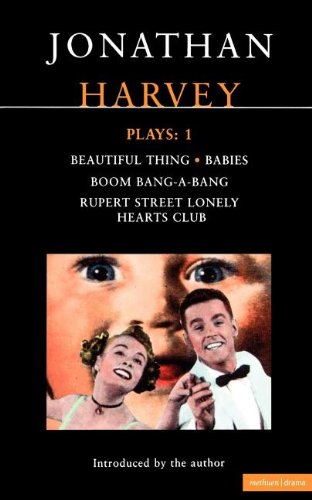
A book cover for Plays, Vol. 1: Beautiful Thing / Babies / Boom Bang-a-Bang / Rupert Street Lonely Hearts Club; Jonathan Harvey; Literature & Fiction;